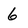
Character: 6